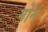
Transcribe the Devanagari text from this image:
मोर्न